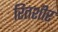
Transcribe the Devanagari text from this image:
रितशीर